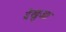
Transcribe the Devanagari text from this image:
देखुआ